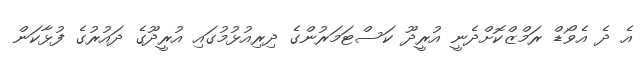
އެ ދެ އެވޯޑް ރަމްޒްކޮށްދެނީ އުރީދޫ ކަސްޓަމަރުންގެ ދިރިއުޅުމުގައި އުރީދޫގެ ދައުރުގެ ފުޅާކަން